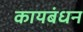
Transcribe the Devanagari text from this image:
कायबंधन